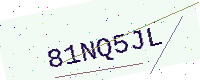
Text: 81NQ5JL